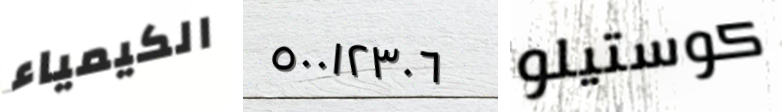
الكيمياء ٥٠٠١٢٣٠٦ كوستيلو